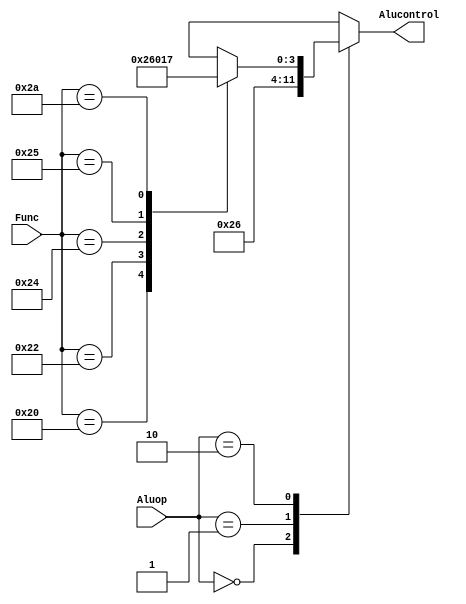
module ALUControl (
    input [5:0] Func,
    input [1:0] Aluop,
    output reg [3:0] Alucontrol
);

  always @(*) begin
    case (Aluop)
      2'b00:   Alucontrol = 4'b0010;
      2'b01:   Alucontrol = 4'b0110;
      2'b10: begin
        case (Func)
          6'b100000: Alucontrol = 4'b0010;
          6'b100010: Alucontrol = 4'b0110;
          6'b100100: Alucontrol = 4'b0000;
          6'b100101: Alucontrol = 4'b0001;
          6'b101010: Alucontrol = 4'b0111;
          default:   Alucontrol = 4'bxxxx;
        endcase
      end
      default: Alucontrol = 4'bxxxx;
    endcase
  end
endmodule